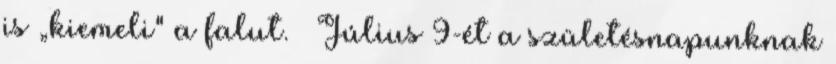
is „kiemeli" a falut. – Július 9-ét a születésnapunknak